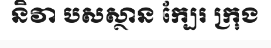
និវា បសស្ថាន ក្បែរ ក្រុង